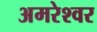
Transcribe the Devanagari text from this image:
अमरेश्‍वर